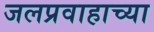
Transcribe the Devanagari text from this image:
जलप्रवाहाच्या